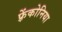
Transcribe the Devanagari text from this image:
फ़्रेंकोनिया